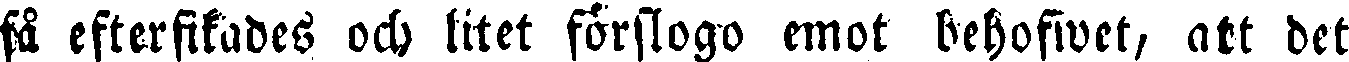
få efterfikades och litet förslogo emot behofwet, att det